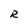
Character: R